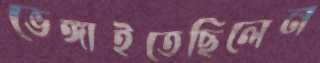
ভেঙ্গাইতেছিলেন